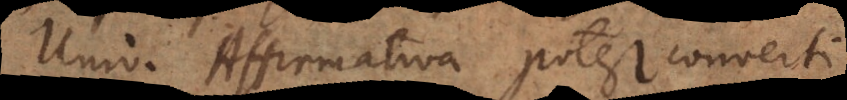
Universalis Affirmativa potest converti